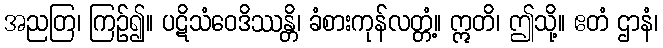
အညတြ၊ ကြဉ်၍။ ပဋိသံဝေဒိဿန္တိ၊ ခံစားကုန်လတ္တံ့။ ဣတိ၊ ဤသို့။ ဧတံ ဌာနံ၊